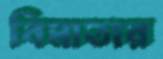
বিমাতার